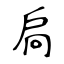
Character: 扃